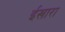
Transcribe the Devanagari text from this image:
ईखारा